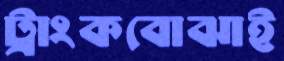
ট্রাংকবোঝাই